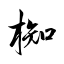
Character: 椥